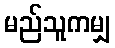
မည်သူကမျှ